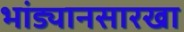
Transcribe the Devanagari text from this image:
भांड्यानसारखा